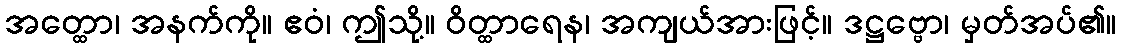
အတ္ထော၊ အနက်ကို။ ဧဝံ၊ ဤသို့။ ဝိတ္ထာရေန၊ အကျယ်အားဖြင့်။ ဒဋ္ဌဗ္ဗော၊ မှတ်အပ်၏။